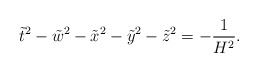
\begin{align*}\tilde{t}^2-\tilde{w}^2-\tilde{x}^2-\tilde{y}^2-\tilde{z}^2=-\frac{1}{H^2} .\end{align*}